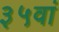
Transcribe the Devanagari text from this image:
३५वां